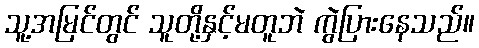
သူ့အမြင်တွင် သူတို့နှင့်မတူဘဲ ကွဲပြားနေသည်။